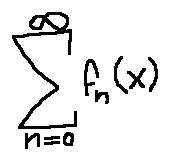
\sum \limits _ { n = 0 } ^ { \infty } f _ { n } ( x )